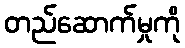
တည်ဆောက်မှုကို